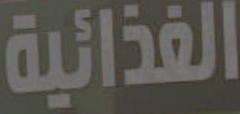
الغذائية